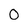
Character: O